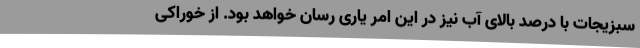
سبزیجات با درصد بالای آب نیز در این امر یاری رسان خواهد بود. از خوراکی